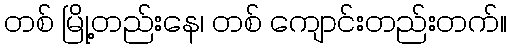
တစ် မြို့တည်းနေ၊ တစ် ကျောင်းတည်းတက်။